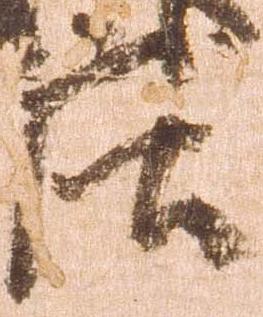
庄